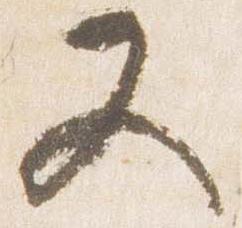
又